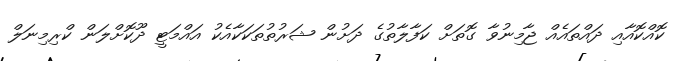
ކޮއްކޮއާއި ދައްތައެއް ޖާމިނުވާ ގޮތަށް ކަފާލާތުގެ ދަށުން ޝަރުތުތަކަކާއެކު އައްމަޓީ ދޫކޮށްލަން ކްރިމިނަލް